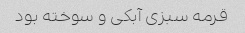
قرمه سبزی آبکی و سوخته بود